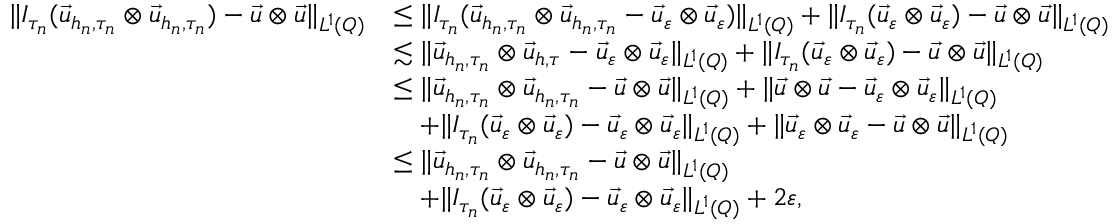
\begin{array} { r l } { \| I _ { \tau _ { n } } ( \vec { u } _ { h _ { n } , \tau _ { n } } \otimes \vec { u } _ { h _ { n } , \tau _ { n } } ) - \vec { u } \otimes \vec { u } \| _ { L ^ { 1 } ( Q ) } } & { \leq \| I _ { \tau _ { n } } ( \vec { u } _ { h _ { n } , \tau _ { n } } \otimes \vec { u } _ { h _ { n } , \tau _ { n } } - \vec { u } _ { \varepsilon } \otimes \vec { u } _ { \varepsilon } ) \| _ { L ^ { 1 } ( Q ) } + \| I _ { \tau _ { n } } ( \vec { u } _ { \varepsilon } \otimes \vec { u } _ { \varepsilon } ) - \vec { u } \otimes \vec { u } \| _ { L ^ { 1 } ( Q ) } } \\ & { \lesssim \| \vec { u } _ { h _ { n } , \tau _ { n } } \otimes \vec { u } _ { h , \tau } - \vec { u } _ { \varepsilon } \otimes \vec { u } _ { \varepsilon } \| _ { L ^ { 1 } ( Q ) } + \| I _ { \tau _ { n } } ( \vec { u } _ { \varepsilon } \otimes \vec { u } _ { \varepsilon } ) - \vec { u } \otimes \vec { u } \| _ { L ^ { 1 } ( Q ) } } \\ & { \leq \| \vec { u } _ { h _ { n } , \tau _ { n } } \otimes \vec { u } _ { h _ { n } , \tau _ { n } } - \vec { u } \otimes \vec { u } \| _ { L ^ { 1 } ( Q ) } + \| \vec { u } \otimes \vec { u } - \vec { u } _ { \varepsilon } \otimes \vec { u } _ { \varepsilon } \| _ { L ^ { 1 } ( Q ) } } \\ & { \quad + \| I _ { \tau _ { n } } ( \vec { u } _ { \varepsilon } \otimes \vec { u } _ { \varepsilon } ) - \vec { u } _ { \varepsilon } \otimes \vec { u } _ { \varepsilon } \| _ { L ^ { 1 } ( Q ) } + \| \vec { u } _ { \varepsilon } \otimes \vec { u } _ { \varepsilon } - \vec { u } \otimes \vec { u } \| _ { L ^ { 1 } ( Q ) } } \\ & { \leq \| \vec { u } _ { h _ { n } , \tau _ { n } } \otimes \vec { u } _ { h _ { n } , \tau _ { n } } - \vec { u } \otimes \vec { u } \| _ { L ^ { 1 } ( Q ) } } \\ & { \quad + \| I _ { \tau _ { n } } ( \vec { u } _ { \varepsilon } \otimes \vec { u } _ { \varepsilon } ) - \vec { u } _ { \varepsilon } \otimes \vec { u } _ { \varepsilon } \| _ { L ^ { 1 } ( Q ) } + 2 \varepsilon , } \end{array}